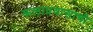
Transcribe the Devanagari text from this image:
कलाप्रवासाची